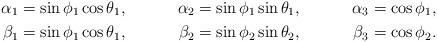
LaTeX: \begin{align*} \alpha_1&=\sin\phi_1\cos\theta_1, & \alpha_2&=\sin\phi_1\sin\theta_1, &\alpha_3&=\cos\phi_1, \\ \beta_1&=\sin\phi_1\cos\theta_1, &\beta_2&=\sin\phi_2\sin\theta_2, &\beta_3&=\cos\phi_2.\end{align*}